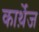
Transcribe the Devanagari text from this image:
कार्थ़ेज